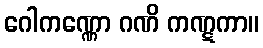
ဂေါကဏ္ဏော ဂဏိ ကဏ္ဋကာ။